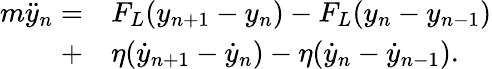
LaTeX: \begin{array}{rl}{{m}\ddot{y}_{n}=}&{{}F_{L}(y_{n+1}-y_{n})-F_{L}(y_{n}-y_{n-1})}\\ {+}&{{}{\eta}(\dot{y}_{n+1}-\dot{y}_{n})-{\eta}(\dot{y}_{n}-\dot{y}_{n-1}).}\end{array}